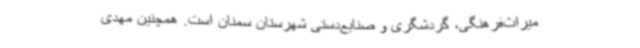
میراث‌فرهنگی، گردشگری و صنایع‌دستی شهرستان سمنان است. همچنین مهدی